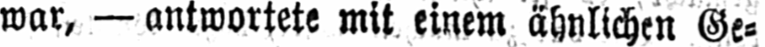
war, - antwortete mit einem ähnlichen Ge⸗